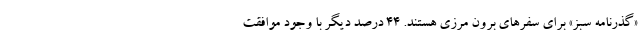
«گذرنامه سبز» برای سفرهای برون مرزی هستند. ۴۴ درصد دیگر با وجود موافقت